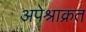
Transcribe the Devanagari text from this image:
अपेश्राक्रत